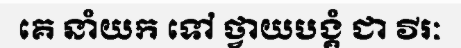
គេ នាំយក ទៅ ថ្វាយបង្គំ ជា វីរៈ